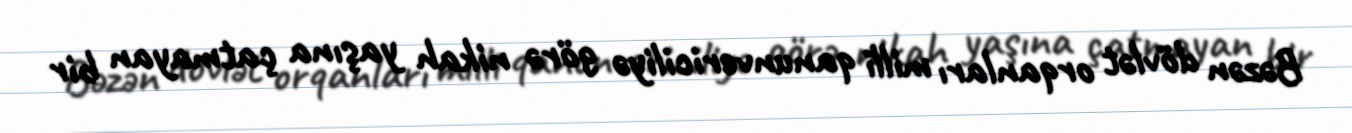
Bəzən dövlət orqanları milli qanunvericiliyə görə nikah yaşına çatmayan bir